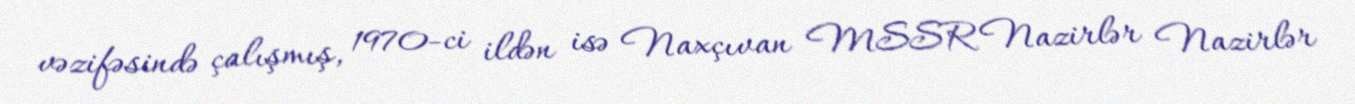
vəzifəsində çalışmış, 1970-ci ildən isə Naxçıvan MSSR Nazirlər Nazirlər